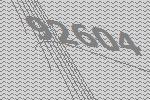
92604